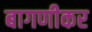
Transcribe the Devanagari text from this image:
बागणीकर